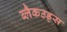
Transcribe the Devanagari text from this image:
ब्लैकउड्स